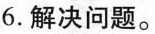
6.解决问题。